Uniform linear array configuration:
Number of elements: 48
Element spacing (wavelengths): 0.25
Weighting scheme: blackman
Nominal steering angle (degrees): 60
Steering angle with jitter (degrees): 60.925
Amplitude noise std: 0.05
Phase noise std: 0.05

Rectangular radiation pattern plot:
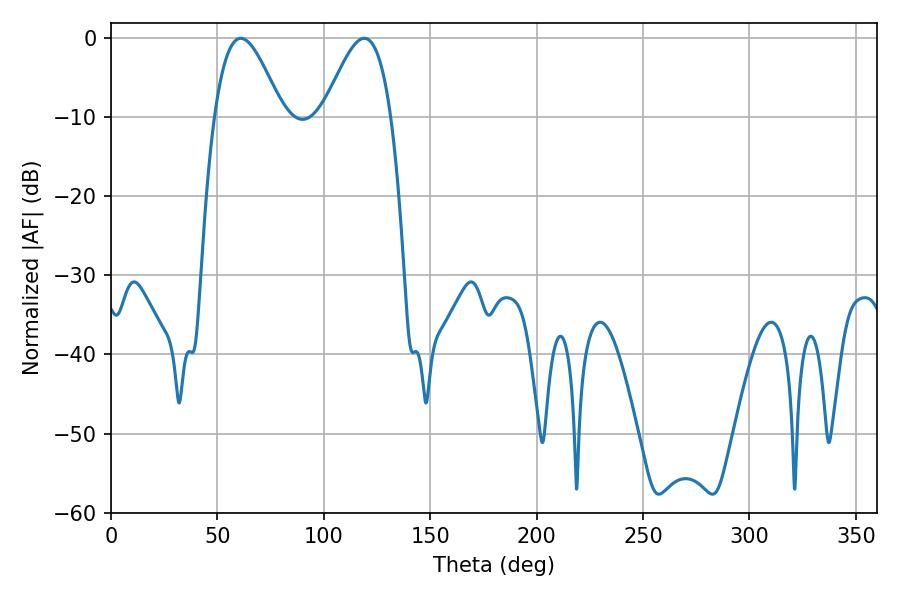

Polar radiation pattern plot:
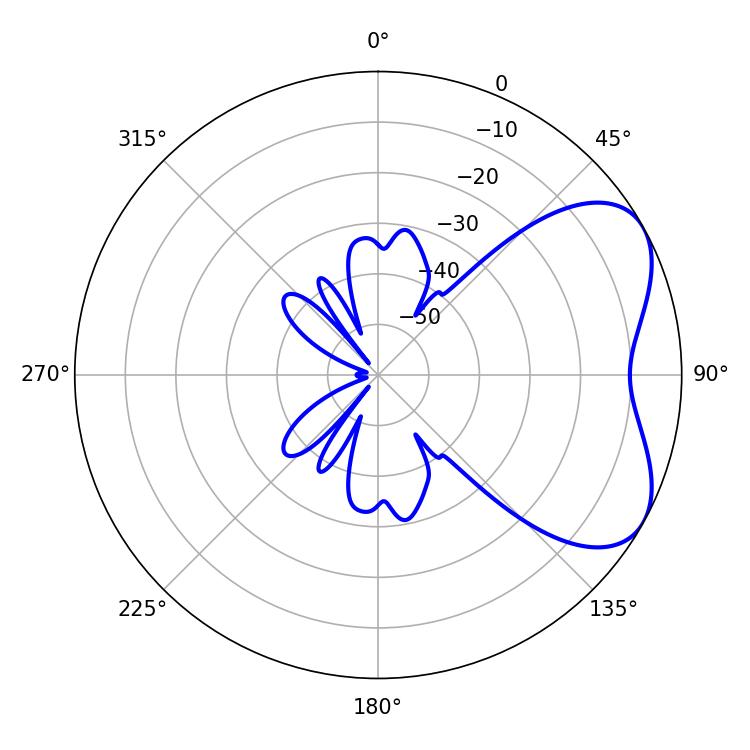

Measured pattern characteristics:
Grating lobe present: FALSE
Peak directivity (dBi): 5.215
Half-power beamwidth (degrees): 17.1
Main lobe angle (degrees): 61.02